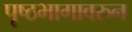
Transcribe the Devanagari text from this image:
पृष्ठभागावरुन